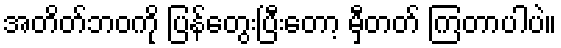
အတိတ်ဘဝကို ပြန်တွေးပြီးတော့ မှီတတ် ကြတာပါပဲ။